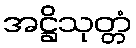
အဋ္ဌိသုတ္တံ